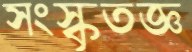
সংস্কৃতজ্ঞ